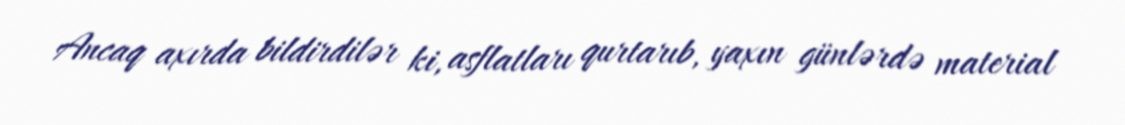
Ancaq axırda bildirdilər ki, asflatları qurtarıb, yaxın günlərdə material